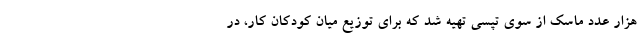
هزار عدد ماسک از سوی تپسی تهیه شد که برای توزیع میان کودکان کار، در